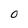
Character: 0